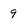
Character: 9